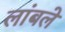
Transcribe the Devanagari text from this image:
लांबले